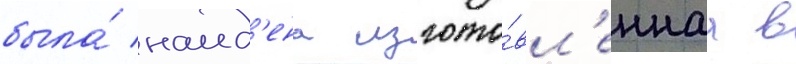
была́ наид'ена изгото́вл'еннаа в